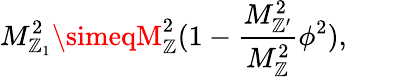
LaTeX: M_{\mathbb{Z}_{1}}^{2}\simeqM_{\mathbb{Z}}^{2}(1-\frac{{M_{\mathbb{Z}^{\prime}}^{2}}}{{M_{\mathbb{Z}}^{2}}}\phi^{2}),\qquad